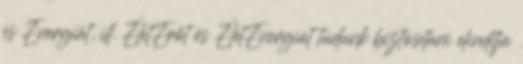
és Energiát, ill. ÉletErőt és ÉletEnergiát tudunk biztosítani elindítja